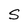
Character: S